Burma Government Medical School reports 1907-22
Year: 1907
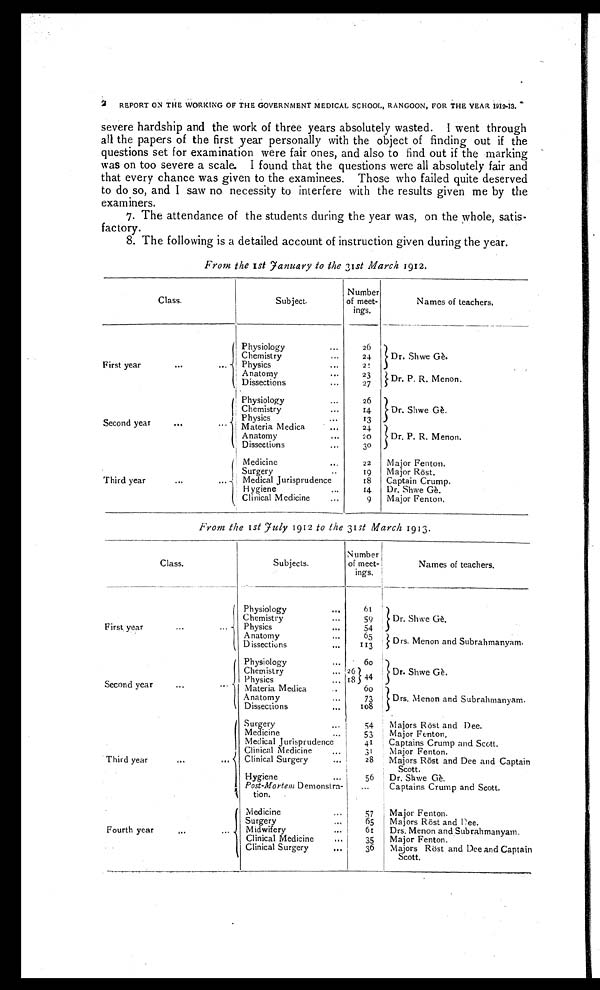
2 REPORT ON THE WORKING OF THE GOVERNMENT MEDICAL SCHOOL, RANGOON, FOR THE YEAR 1912-13.
severe hardship and the work of three years absolutely wasted. I went through
all the papers of the first year personally with the object of finding out if the
questions set for examination were fair ones, and also to find out if the marking
was on too severe a scale. I found that the questions were all absolutely fair and
that every chance was given to the examinees. Those who failed quite deserved
to do so, and I saw no necessity to interfere with the results given me by the
examiners.
7. The attendance of the students during the year was, on the whole, satis--
factory.
8. The following is a detailed account of instruction given during the year.
From the 1 st January to the 31 st March 1912.
Class.
Subject.
Number of
meet-
ings.
Names of teachers.
First year
...
...
Physiology
...
26
Dr. Shwe Gè.
Chemistry
...
24
Physics
...
21
Anatomy
...
23
Dr. P. R. Menon.
Dissections
...
27
Second year
...
Physiology...
26
Dr. Shwe Gè.
Chemistry
...
1 4
Physics
13
Materia Medica ..
24
Dr. P. R. Menon.
Anatomy
2 0
Dissections
...
30
Third year
...
Medicine
...
22
Major Fenton.
Surgery
..
19
Major Röst.
Medical Jurisprudence
18
Captain Crump.
Hygiene
...
1 4
Dr. Shwe Gè.
Clinical Medicine
...
9
Major Fenton.
From the Ist July 1912 to the 31st March 1913.
Class.
Subjects.
Number
of meet-
ings.
Names of teachers.
First year
...
Physiology
...
61
Dr. Shwe Gè.
Chemistry
59
Physics
...
54
Anatomy
...
65
Drs. Menon and Subrahmanyam.
Dissections
...
113
Second year
...
Physiology
...
60
Dr. Shwe Gè.
Chemistry
...
2 6 4 4
Physics...
1 8
Materia Medica
60
Drs. Menon and Subrahmanyam.
Anatomy
...
73
Dissections
...
108
Third year
...
Surgery
54
Majors Röst and Dee.
Medicine
...
53
Major Fenton.
Medical Jurisprudence...
41
Captains Crump and Scott.
Clinical Medicine
..
31
Major Fenton.
Clinical Surgery
...
28
Majors Röst and Dee and Captain
Scott.
Hygiene
...
56
Dr. Shwe Gè.
Post-Mortem Demonstra-
tion.
...
Captains Crump and Scott.
Fourth year
...
Medicine
...
57
Major Fenton.
Surgery
...
6 5
Majors Röst and Dee.
Midwifery
...
61
Drs. Menon and Subrahmanyam.
Clinical Medicine
...
35
Major Fenton.
Clinical Surgery
...
36
Majors Röst and Dee and Captain
Scott.